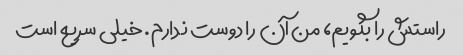
راستش را بگویم، من آن را دوست ندارم. خیلی سریع است